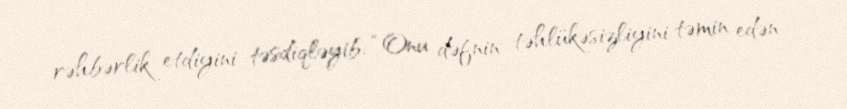
rəhbərlik etdiyini təsdiqləyib: “Onu dəfnin təhlükəsizliyini təmin edən